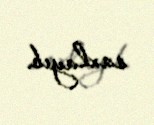
saxlayıb.